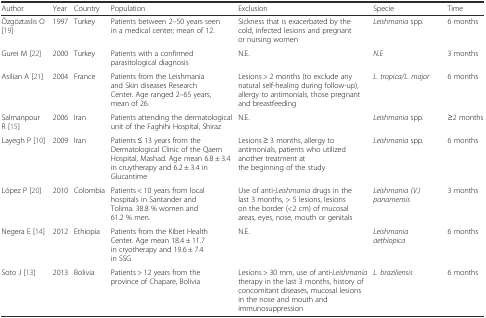
<table><thead><tr><td><b>Author</b></td><td><b>Year</b></td><td><b>Country</b></td><td><b>Population</b></td><td><b>Exclusion</b></td><td><b>Specie</b></td><td><b>Time</b></td></tr></thead><tbody><tr><td>Özgöztaslis O [19]</td><td>1997</td><td>Turkey</td><td>Patients between 2–50 years seen in a medical center; mean of 12.</td><td>Sickness that is exacerbated by the cold, infected lesions and pregnant or nursing women</td><td><i>Leishmania</i> spp.</td><td>6 months</td></tr><tr><td>Gurei M [22]</td><td>2000</td><td>Turkey</td><td>Patients with a confirmed parasitological diagnosis</td><td>N.E.</td><td><i>N.E</i></td><td>3 months</td></tr><tr><td>Asilian A [21]</td><td>2004</td><td>France</td><td>Patients from the Leishmania and Skin diseases Research Center. Age ranged 2–65 years, mean of 26.</td><td>Lesions &gt; 2 months (to exclude any natural self-healing during follow-up), allergy to antimonials, those pregnant and breastfeeding</td><td><i>L. tropica/L. major</i></td><td>6 months</td></tr><tr><td>Salmanpour R [15]</td><td>2006</td><td>Iran</td><td>Patients attending the dermatological unit of the Faghihi Hospital, Shiraz</td><td>N.E.</td><td><i>Leishmania</i> spp.</td><td>≥2 months</td></tr><tr><td>Layegh P [10]</td><td>2009</td><td>Iran</td><td>Patients ≤ 13 years from the Dermatological Clinic of the Qaem Hospital, Mashad. Age mean 6.8 ± 3.4 in cruytherapy and 6.2 ± 3.4 in Glucantime</td><td>Lesions ≥ 3 months, allergy to antimonials, patients who utilized another treatment at the beginning of the study</td><td><i>Leishmania</i> spp.</td><td>6 months</td></tr><tr><td>López P [20]</td><td>2010</td><td>Colombia</td><td>Patients &lt; 10 years from local hospitals in Santander and Tolima. 38.8 % women and 61.2 % men.</td><td>Use of anti-<i>Leishmania</i> drugs in the last 3 months, &gt; 5 lesions, lesions on the border (&lt;2 cm) of mucosal areas, eyes, nose, mouth or genitals</td><td><i>Leishmania (V.) panamensis</i></td><td>3 months</td></tr><tr><td>Negera E [14]</td><td>2012</td><td>Ethiopia</td><td>Patients from the Kibet Health Center. Age mean 18.4 ± 11.7 in cryotherapy and 19.6 ± 7.4 in SSG</td><td>N.E.</td><td><i>Leishmania aethiopica</i></td><td>6 months</td></tr><tr><td>Soto J [13]</td><td>2013</td><td>Bolivia</td><td>Patients &gt; 12 years from the province of Chapare, Bolivia</td><td>Lesions &gt; 30 mm, use of anti-<i>Leishmania</i> therapy in the last 3 months, history of concomitant diseases, mucosal lesions in the nose and mouth and immunosuppression</td><td><i>L. braziliensis</i></td><td>6 months</td></tr></tbody></table>